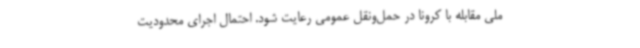
ملی مقابله با کرونا در حمل‌ونقل عمومی رعایت شود. احتمال اجرای محدودیت